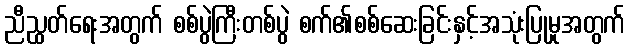
ညီညွှတ်ရေးအတွက် စစ်ပွဲကြီးတစ်ပွဲ စက်၏စစ်ဆေးခြင်းနှင့်အသုံးပြုမှုအတွက်